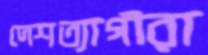
দেশত্যাগীরা